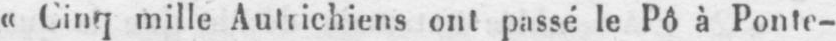
«Cinq mille Autrichiens ont passé le Pô à Ponle-